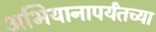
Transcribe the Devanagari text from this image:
अभियानापर्यंतच्या